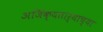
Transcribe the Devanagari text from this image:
अजिंक्यतार्‍याच्या